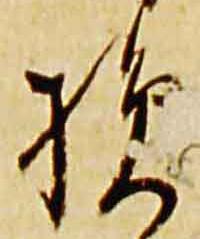
損